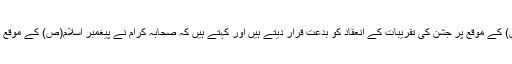
انہوں نے کہا وہابی عید میلاد النبی(ص) کے موقع پر جشن کی تقریبات کے انعقاد کو بدعت قرار دیتے ہیں اور کہتے ہیں کہ صحابہ کرام نے پیغمبر اسلام(ص) کے موقع پر جشن کی تقریبات کا انعقاد نہیں کیا۔